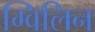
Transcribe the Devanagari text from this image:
ग्विलिन